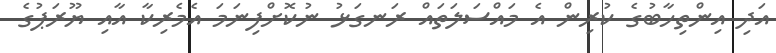
އަދި އިންތިހާބުގެ ކުރިން އެ މައްސަލަތައް ރަނގަޅު ނުކޮށްފިނަމަ އެމެރިކާ އާއި ޔޫރަޕުގެ